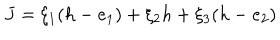
LaTeX: J = \xi _ { 1 } ( h - e _ { 1 } ) + \xi _ { 2 } h + \xi _ { 3 } ( h - e _ { 2 } )